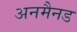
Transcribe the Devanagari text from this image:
अनमैनड